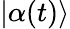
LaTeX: |\alpha(t)\rangle